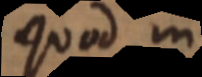
quod in